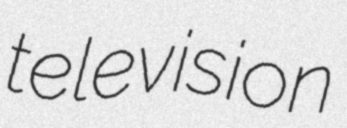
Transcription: television